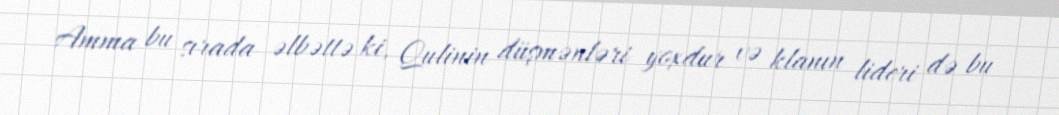
Amma bu sırada əlbəttə ki, Qulinin düşmənləri yoxdur və klanın lideri də bu